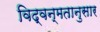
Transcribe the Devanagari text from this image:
विद्वन्मतानुसार